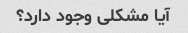
آیا مشکلی وجود دارد؟